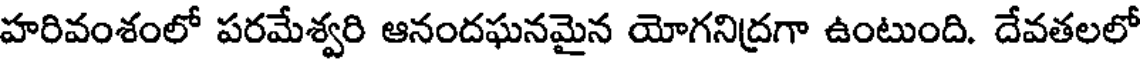
హరివంశంలో పరమేశ్వరి ఆనందఘనమైన యోగనిద్రగా ఉంటుంది. దేవతలలో